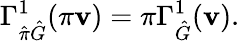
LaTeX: \Gamma_{\hat{\pi}\hat{G}}^{1}(\pi\mathbf{v})=\pi\Gamma_{\hat{G}}^{1}(\mathbf{v}).